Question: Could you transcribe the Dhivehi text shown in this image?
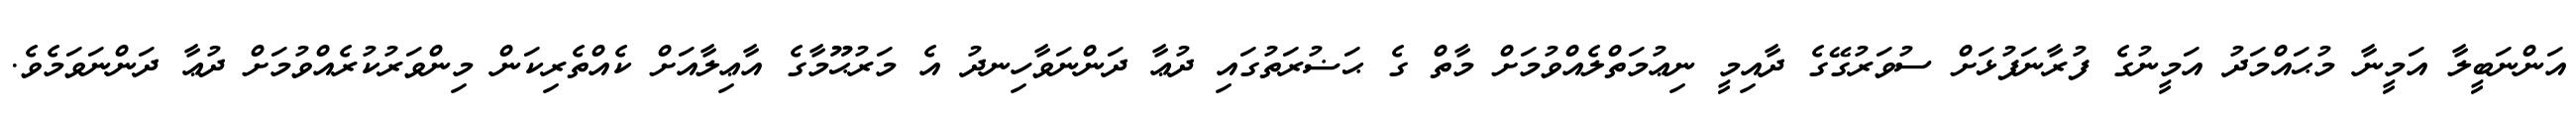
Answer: އަންނަބީލާ އަމީނާ މުޙައްމަދު އަމީނުގެ ފުރާނަފުޅަށް ސުވަރުގޭގެ ދާއިމީ ނިޢުމަތްލެއްވުމަށް މާތް ގެ ޙަޟުރަތުގައި ދުޢާ ދަންނަވާހިނދު އެ މަރުޙޫމާގެ އާޢިލާއަށް ކެއްތެރިކަން މިންވަރުކުރެއްވުމަށް ދުޢާ ދަންނަވަމެވެ.